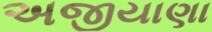
અજીયાણા